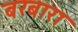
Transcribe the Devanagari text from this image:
बरबारा